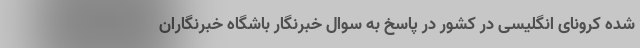
شده کرونای انگلیسی در کشور در پاسخ به سوال خبرنگار باشگاه خبرنگاران